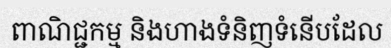
ពាណិជ្ជកម្ម និងហាងទំនិញទំនើបដែល